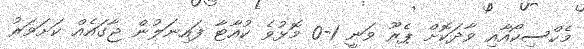
މެކްސިކޯއާއި ވާދަކޮށް ޕެރޫ ވަނީ 1-0 މޮޅުވެ ކުއާޓާ ފައިނަލުން ޖާގައެއް ކަށަވަރު